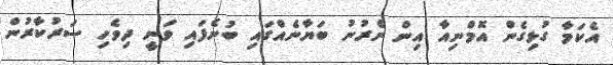
އެކަމާ ގުޅިގެން އޮމްނިއާ އިން ނެރުނު ބަޔާނެއްގައި ބުނެފައި ވަނީ ދިވެހި ސަރުކާރުން